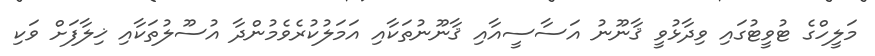
މަލީހްގެ ޓުވީޓުގައި ވިދާޅުވީ ޤާނޫނު އަސާސީއާއި ޤާނޫނުތަކާއި އަމަލުކުރެވެމުންދާ އުސޫލުތަކާއި ޚިލާފަށް ވަކި